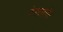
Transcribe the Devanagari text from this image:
देशातर्गत